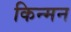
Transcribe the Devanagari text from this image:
किन्मन